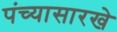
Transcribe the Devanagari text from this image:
पंच्यासारखे